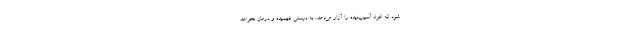
شود که افراد آسیب‌دیده را آزار می‌دهد، به درستی فهمیده و درمان نخواهد